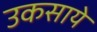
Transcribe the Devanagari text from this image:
उकसाये